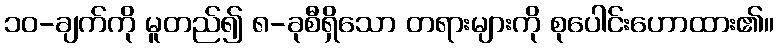
၁၀-ချက်ကို မူတည်၍ ၈-ခုစီရှိသော တရားများကို စုပေါင်းဟောထား၏။